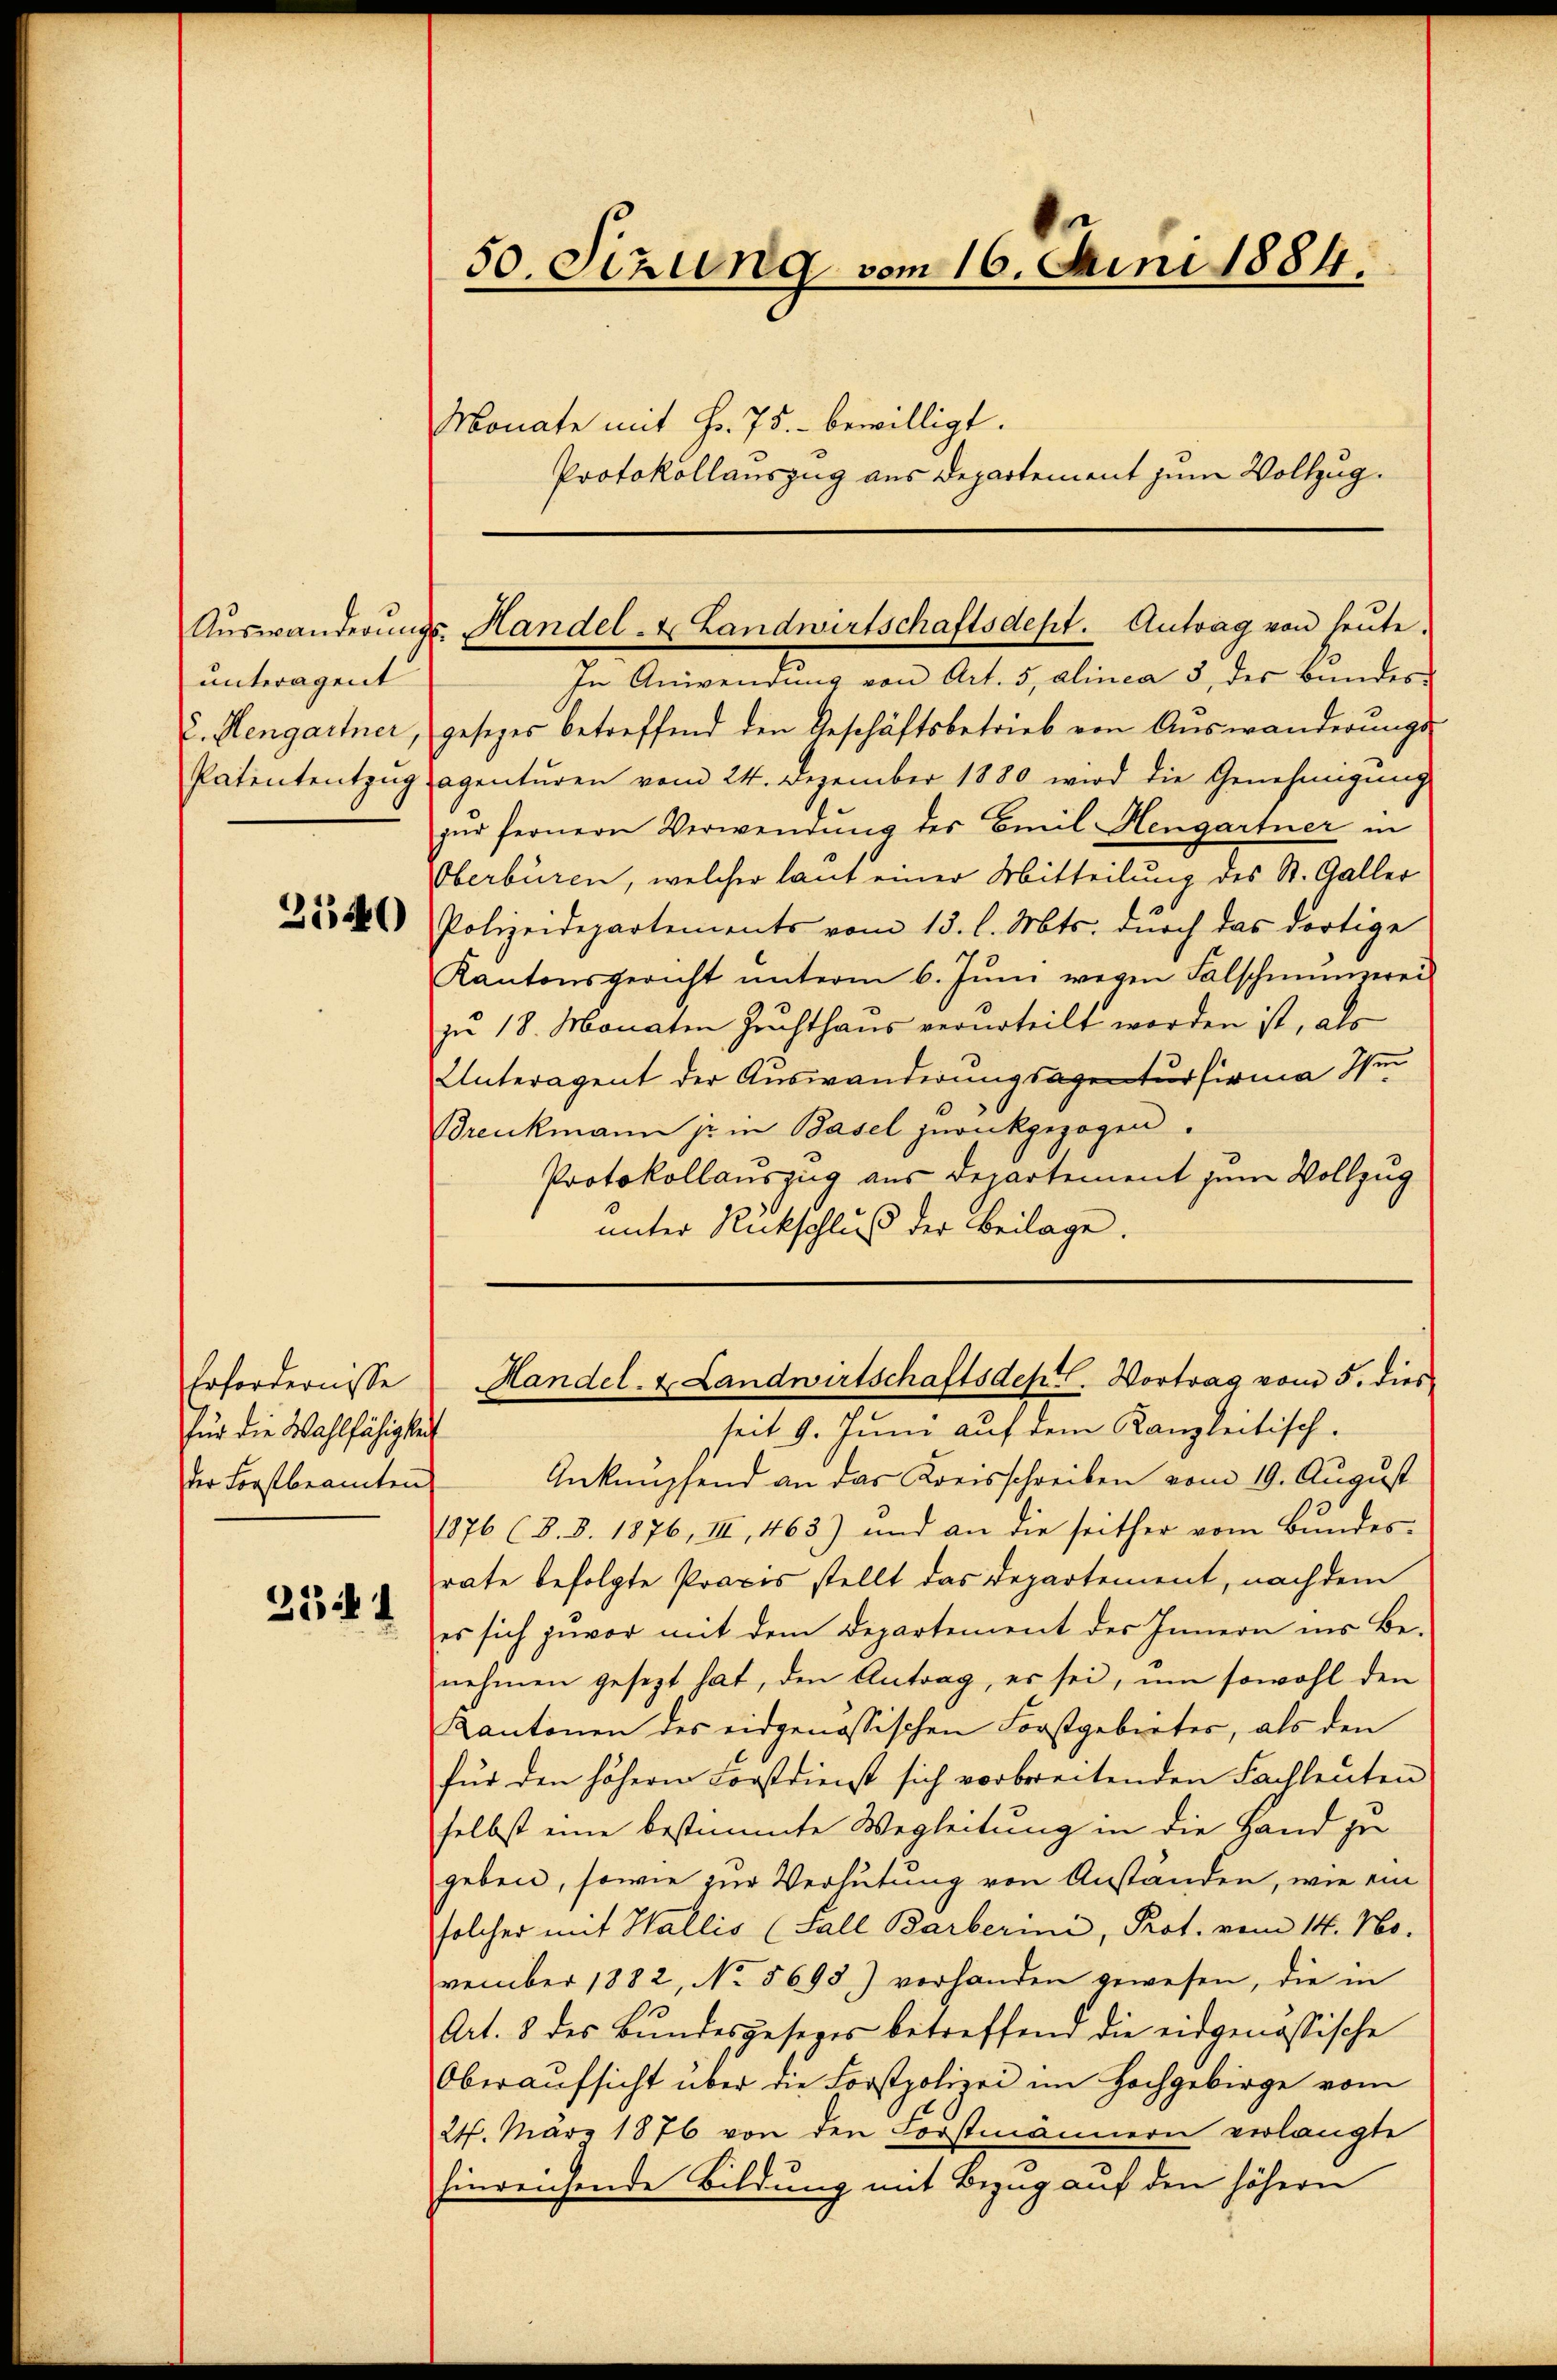
unteragent

2540

Erfordernisse
für die Wahlfähigkeit
der Forstbeamten

3341

50. Sizung vom 16. Juni 1884.
Monate mit Fr. 75. bewilligt.
Protokollauszug aus Departement zum Vollzug.

Aŭswanderŭngs- Handel- & Landwirtschaftsdept. Antrag von heŭte.

In Anwendung von Art. 5, alinea 3 des Bundes-
u. Hengartner, gesezes betreffend den Geschäftsbetrieb von Auswanderŭngs-
Patententzug sagenturen vom 24. Dezember 1880 wird die Genehmigung
zŭr fernern Verwendung des Emil Hengartner in
Oberbüren, welcher laut einer Mitteilung des St. Galler
Polizeidepartements vom 13. l. Mts. durch das dortige
Kantonsgericht ŭnterm 6. Jŭni wegen Falschmungerei
zŭ 18. Monaten Zuchthaŭs verurteilt worden ist, als
Unteragent der Auswanderungsagenturfirma Im
Breukmann je in Basel zurückgezogen.
Protokollauszug aus Departement zum Vollzug
unter Rückschluß der Beilage.
seit 9. Juni auf dem Kanzleitisch.
Anknüpfend an das Kreisschreiben vom 19. August
1876 (8. 8. 1876, III, 463) und an die seither vom Bundes-
rate befolgte Praxis stellt das Departement, nachdem
es sich zuvor mit dem Departement des Innern ins Be-
nehmen gesezt hat, den Antrag, es sei, um sowohl den
Kantonen des eidgenössischen Forstgebieter, als den
für den höhern Forstdienst sich verbreitenden Fachleŭten
selbst eine bestimmte Wegleitung in die Hand zu
geben, sowie zur Verhütung von Anständen, wie ein
solcher mit Wallis (Fall Barberini, Prot. vom 14. No.
vember 1882, No 5693) vorhanden gewesen, die in
Art. 8 des Bundesgesezes betreffend die eidgenössische
Oberaufsicht über die Forstpolizei im Hochgebirge vom
24. März 1876 von den Forstmännern verlangte
hinreichende Bildung mit Bezug auf den höhern

Handel- & Landwirtschaftsdept. Vortrag vom 5. dies